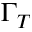
\Gamma _ { T }